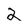
Character: 2